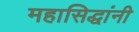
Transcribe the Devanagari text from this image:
महासिद्धांनी